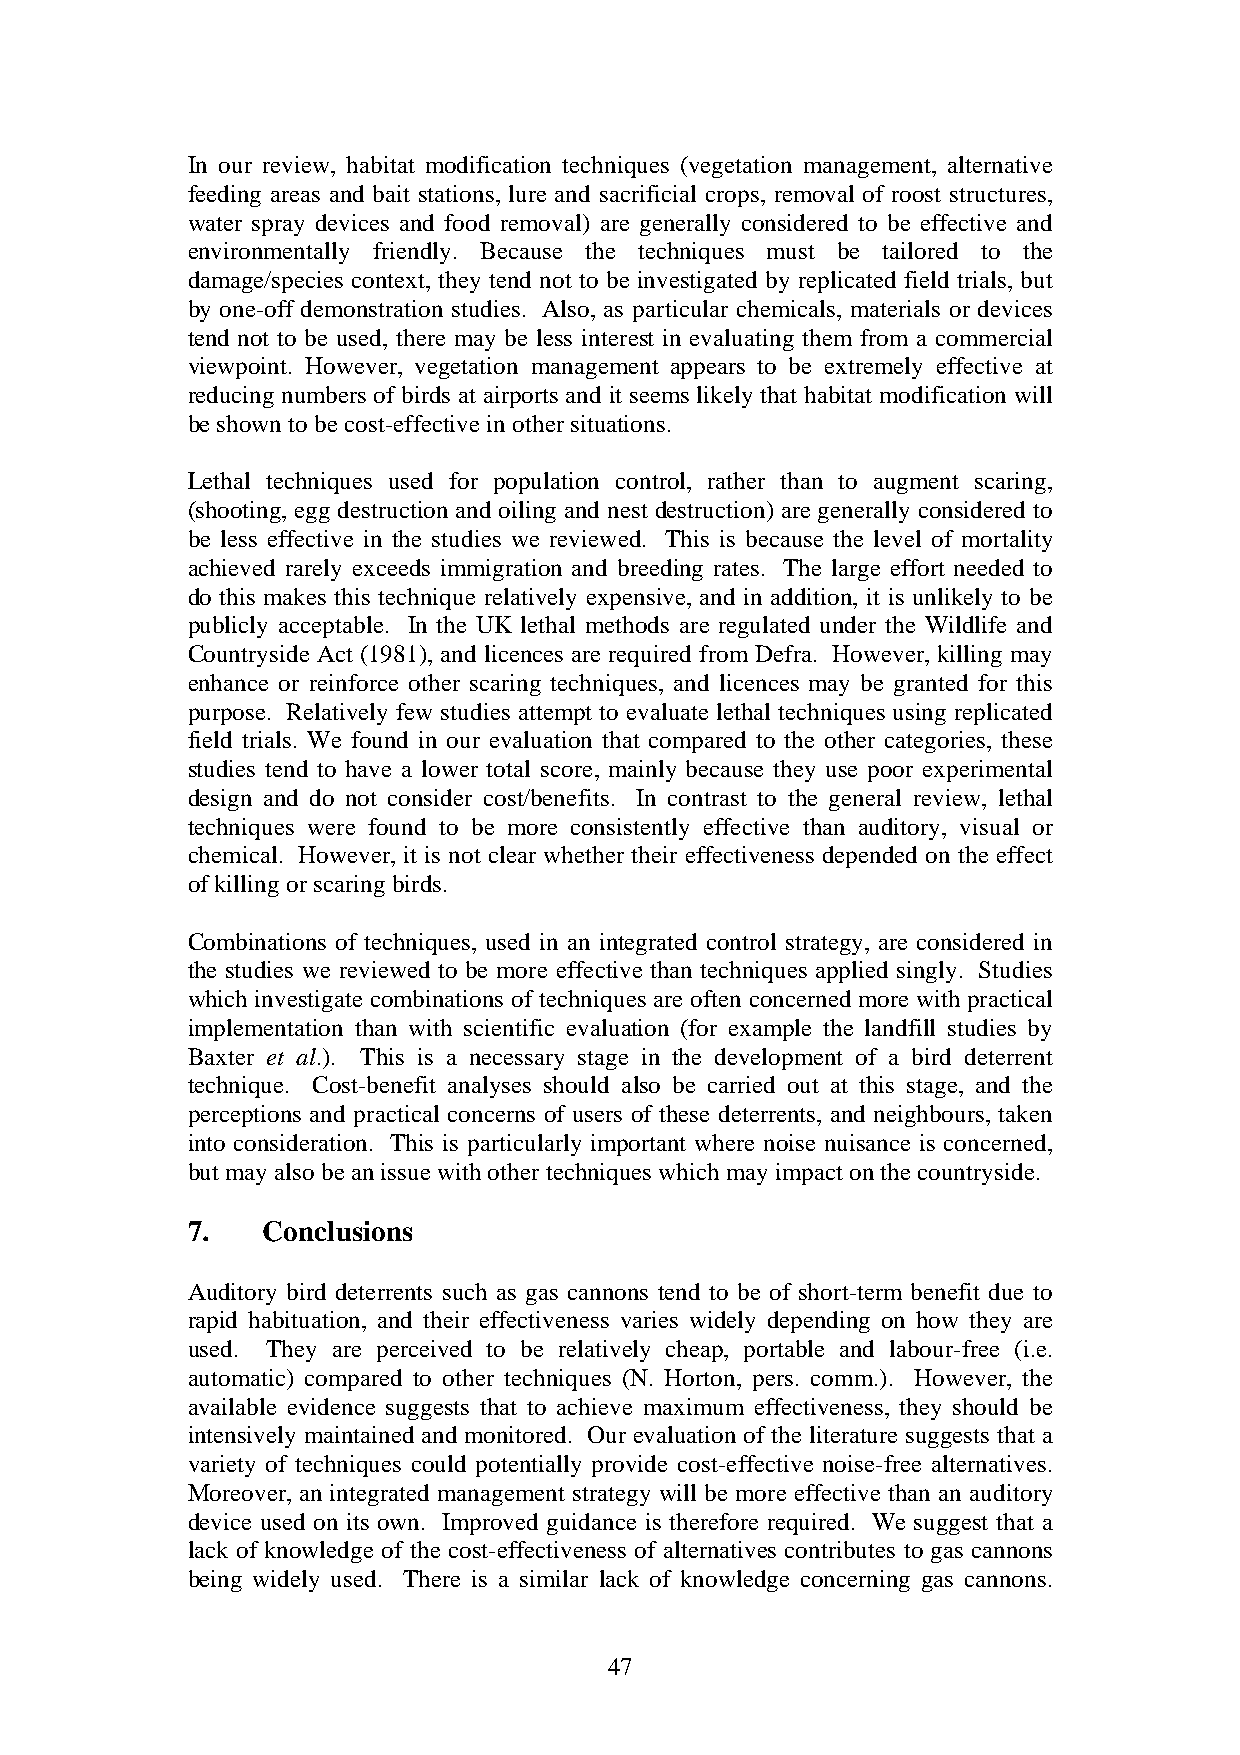
In our review, habitat modification techniques (vegetation management, alternative
 feeding areas and bait stations, lure and sacrificial crops, removal of roost structures,
 water spray devices and food removal) are generally considered to be effective and
 environmentally friendly. Because the techniques must be tailored to the
 damage/species context, they tend not to be investigated by replicated field trials, but
 by one-off demonstration studies. Also, as particular chemicals, materials or devices
 tend not to be used, there may be less interest in evaluating them from a commercial
 viewpoint. However, vegetation management appears to be extremely effective at
 reducing numbers of birds at airports and it seems likely that habitat modification will
 be shown to be cost-effective in other situations.
 Lethal techniques used for population control, rather than to augment scaring,
 (shooting, egg destruction and oiling and nest destruction) are generally considered to
 be less effective in the studies we reviewed. This is because the level of mortality
 achieved rarely exceeds immigration and breeding rates. The large effort needed to
 do this makes this technique relatively expensive, and in addition, it is unlikely to be
 publicly acceptable. In the UK lethal methods are regulated under the Wildlife and
 Countryside Act (1981), and licences are required from Defra. However, killing may
 enhance or reinforce other scaring techniques, and licences may be granted for this
 purpose. Relatively few studies attempt to evaluate lethal techniques using replicated
 field trials. We found in our evaluation that compared to the other categories, these
 studies tend to have a lower total score, mainly because they use poor experimental
 design and do not consider cost/benefits. In contrast to the general review, lethal
 techniques were found to be more consistently effective than auditory, visual or
 chemical. However, it is not clear whether their effectiveness depended on the effect
 of killing or scaring birds.
 Combinations of techniques, used in an integrated control strategy, are considered in
 the studies we reviewed to be more effective than techniques applied singly. Studies
 which investigate combinations of techniques are often concerned more with practical
 implementation than with scientific evaluation (for example the landfill studies by
 Baxter et al.). This is a necessary stage in the development of a bird deterrent
 technique. Cost-benefit analyses should also be carried out at this stage, and the
 perceptions and practical concerns of users of these deterrents, and neighbours, taken
 into consideration. This is particularly important where noise nuisance is concerned,
 but may also be an issue with other techniques which may impact on the countryside.
 7.   Conclusions
 Auditory bird deterrents such as gas cannons tend to be of short-term benefit due to
 rapid habituation, and their effectiveness varies widely depending on how they are
 used. They are perceived to be relatively cheap, portable and labour-free (i.e.
 automatic) compared to other techniques (N. Horton, pers. comm.). However, the
 available evidence suggests that to achieve maximum effectiveness, they should be
 intensively maintained and monitored. Our evaluation of the literature suggests that a
 variety of techniques could potentially provide cost-effective noise-free alternatives.
 Moreover, an integrated management strategy will be more effective than an auditory
 device used on its own. Improved guidance is therefore required. We suggest that a
 lack of knowledge of the cost-effectiveness of alternatives contributes to gas cannons
 being widely used. There is a similar lack of knowledge concerning gas cannons.
 47